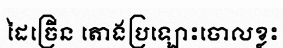
ដៃច្រើន តោងប្រឡោះចោលខ្លះ